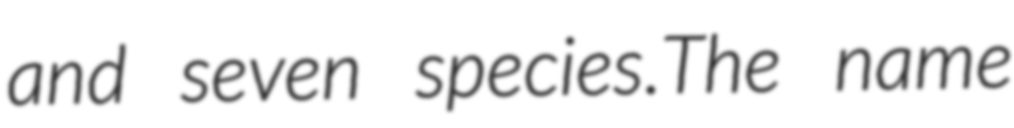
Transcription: and seven species.The name